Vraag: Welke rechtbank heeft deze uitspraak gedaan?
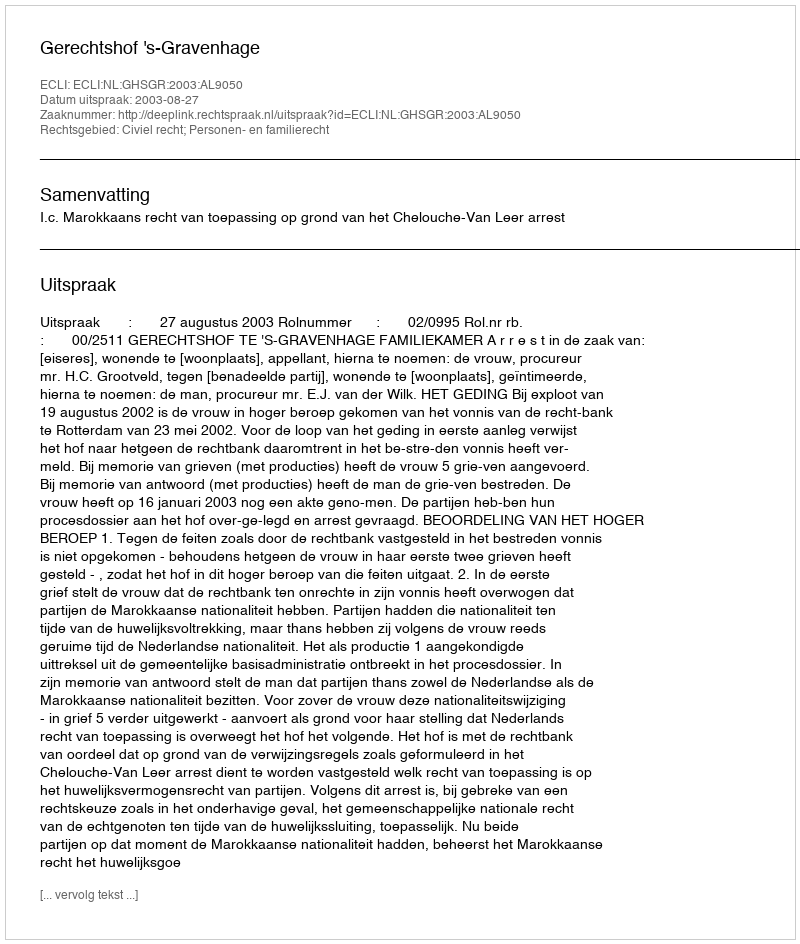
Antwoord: Gerechtshof 's-Gravenhage